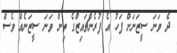
ދެ ވަނަ ސީޒަނަށް ފަހު އެ ފުރެންޗައިޒްގެ ތިން ވަނަ ސީޒަނެއް ވެސް